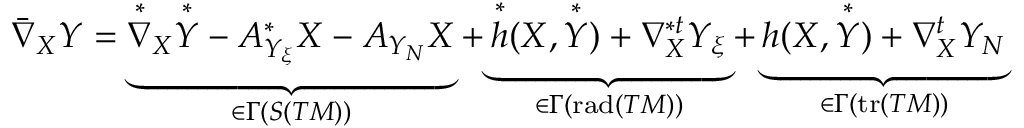
\bar { \nabla } _ { X } Y = \underbrace { \overset { * } { \nabla } _ { X } \overset { * } { Y } - A _ { Y _ { \xi } } ^ { * } X - A _ { Y _ { N } } X } _ { \in \Gamma ( S ( T M ) ) } + \underbrace { \overset { * } { h } ( X , \overset { * } { Y } ) + \nabla _ { X } ^ { * t } Y _ { \xi } } _ { \in \Gamma ( \mathrm { r a d } ( T M ) ) } + \underbrace { h ( X , \overset { * } { Y } ) + \nabla _ { X } ^ { t } Y _ { N } } _ { \in \Gamma ( \mathrm { t r } ( T M ) ) }